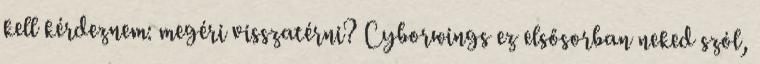
kell kérdeznem: megéri visszatérni? Cyborwings ez elsősorban neked szól,